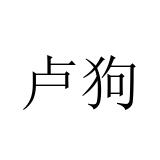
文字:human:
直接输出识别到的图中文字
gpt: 卢狗